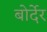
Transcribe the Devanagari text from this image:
बोर्देर